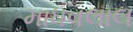
માધવલાલ